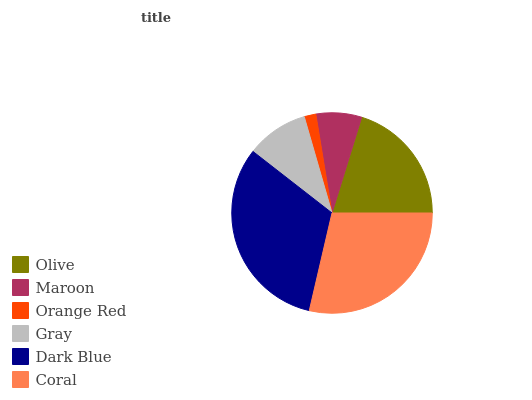
| Olive | Maroon | Orange Red | Gray | Dark Blue | Coral |
 | --- | --- | --- | --- | --- | --- |
 | 20.2% | 7.37% | 1.88% | 10% | 31.8% | 28.7% |